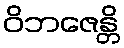
ဝိဘဇေန္တိ